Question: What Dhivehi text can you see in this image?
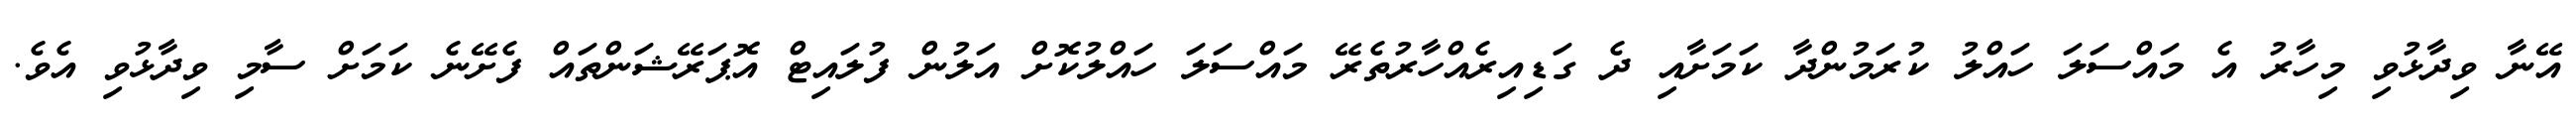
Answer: އޭނާ ވިދާޅުވި މިހާރު އެ މައްސަލަ ހައްލު ކުރަމުންދާ ކަމަށާއި ދެ ގަޑިއިރެއްހާރުތެރޭ މައްސަލަ ހައްލުކޮށް އަލުން ފުލައިޓް އޮޕަރޭޝަންތައް ފެށޭނެ ކަމަށް ސާމި ވިދާޅުވި އެވެ.